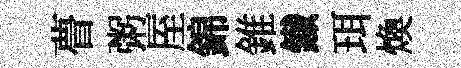
瞢粥厔錦錐鐵珥煥